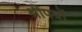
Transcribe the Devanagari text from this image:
श्रीपत्रों